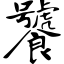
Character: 饕